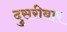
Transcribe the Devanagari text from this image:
दुसरीबार